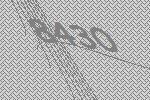
8430